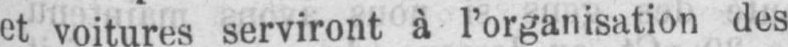
et voitures serviront à l’organisation des